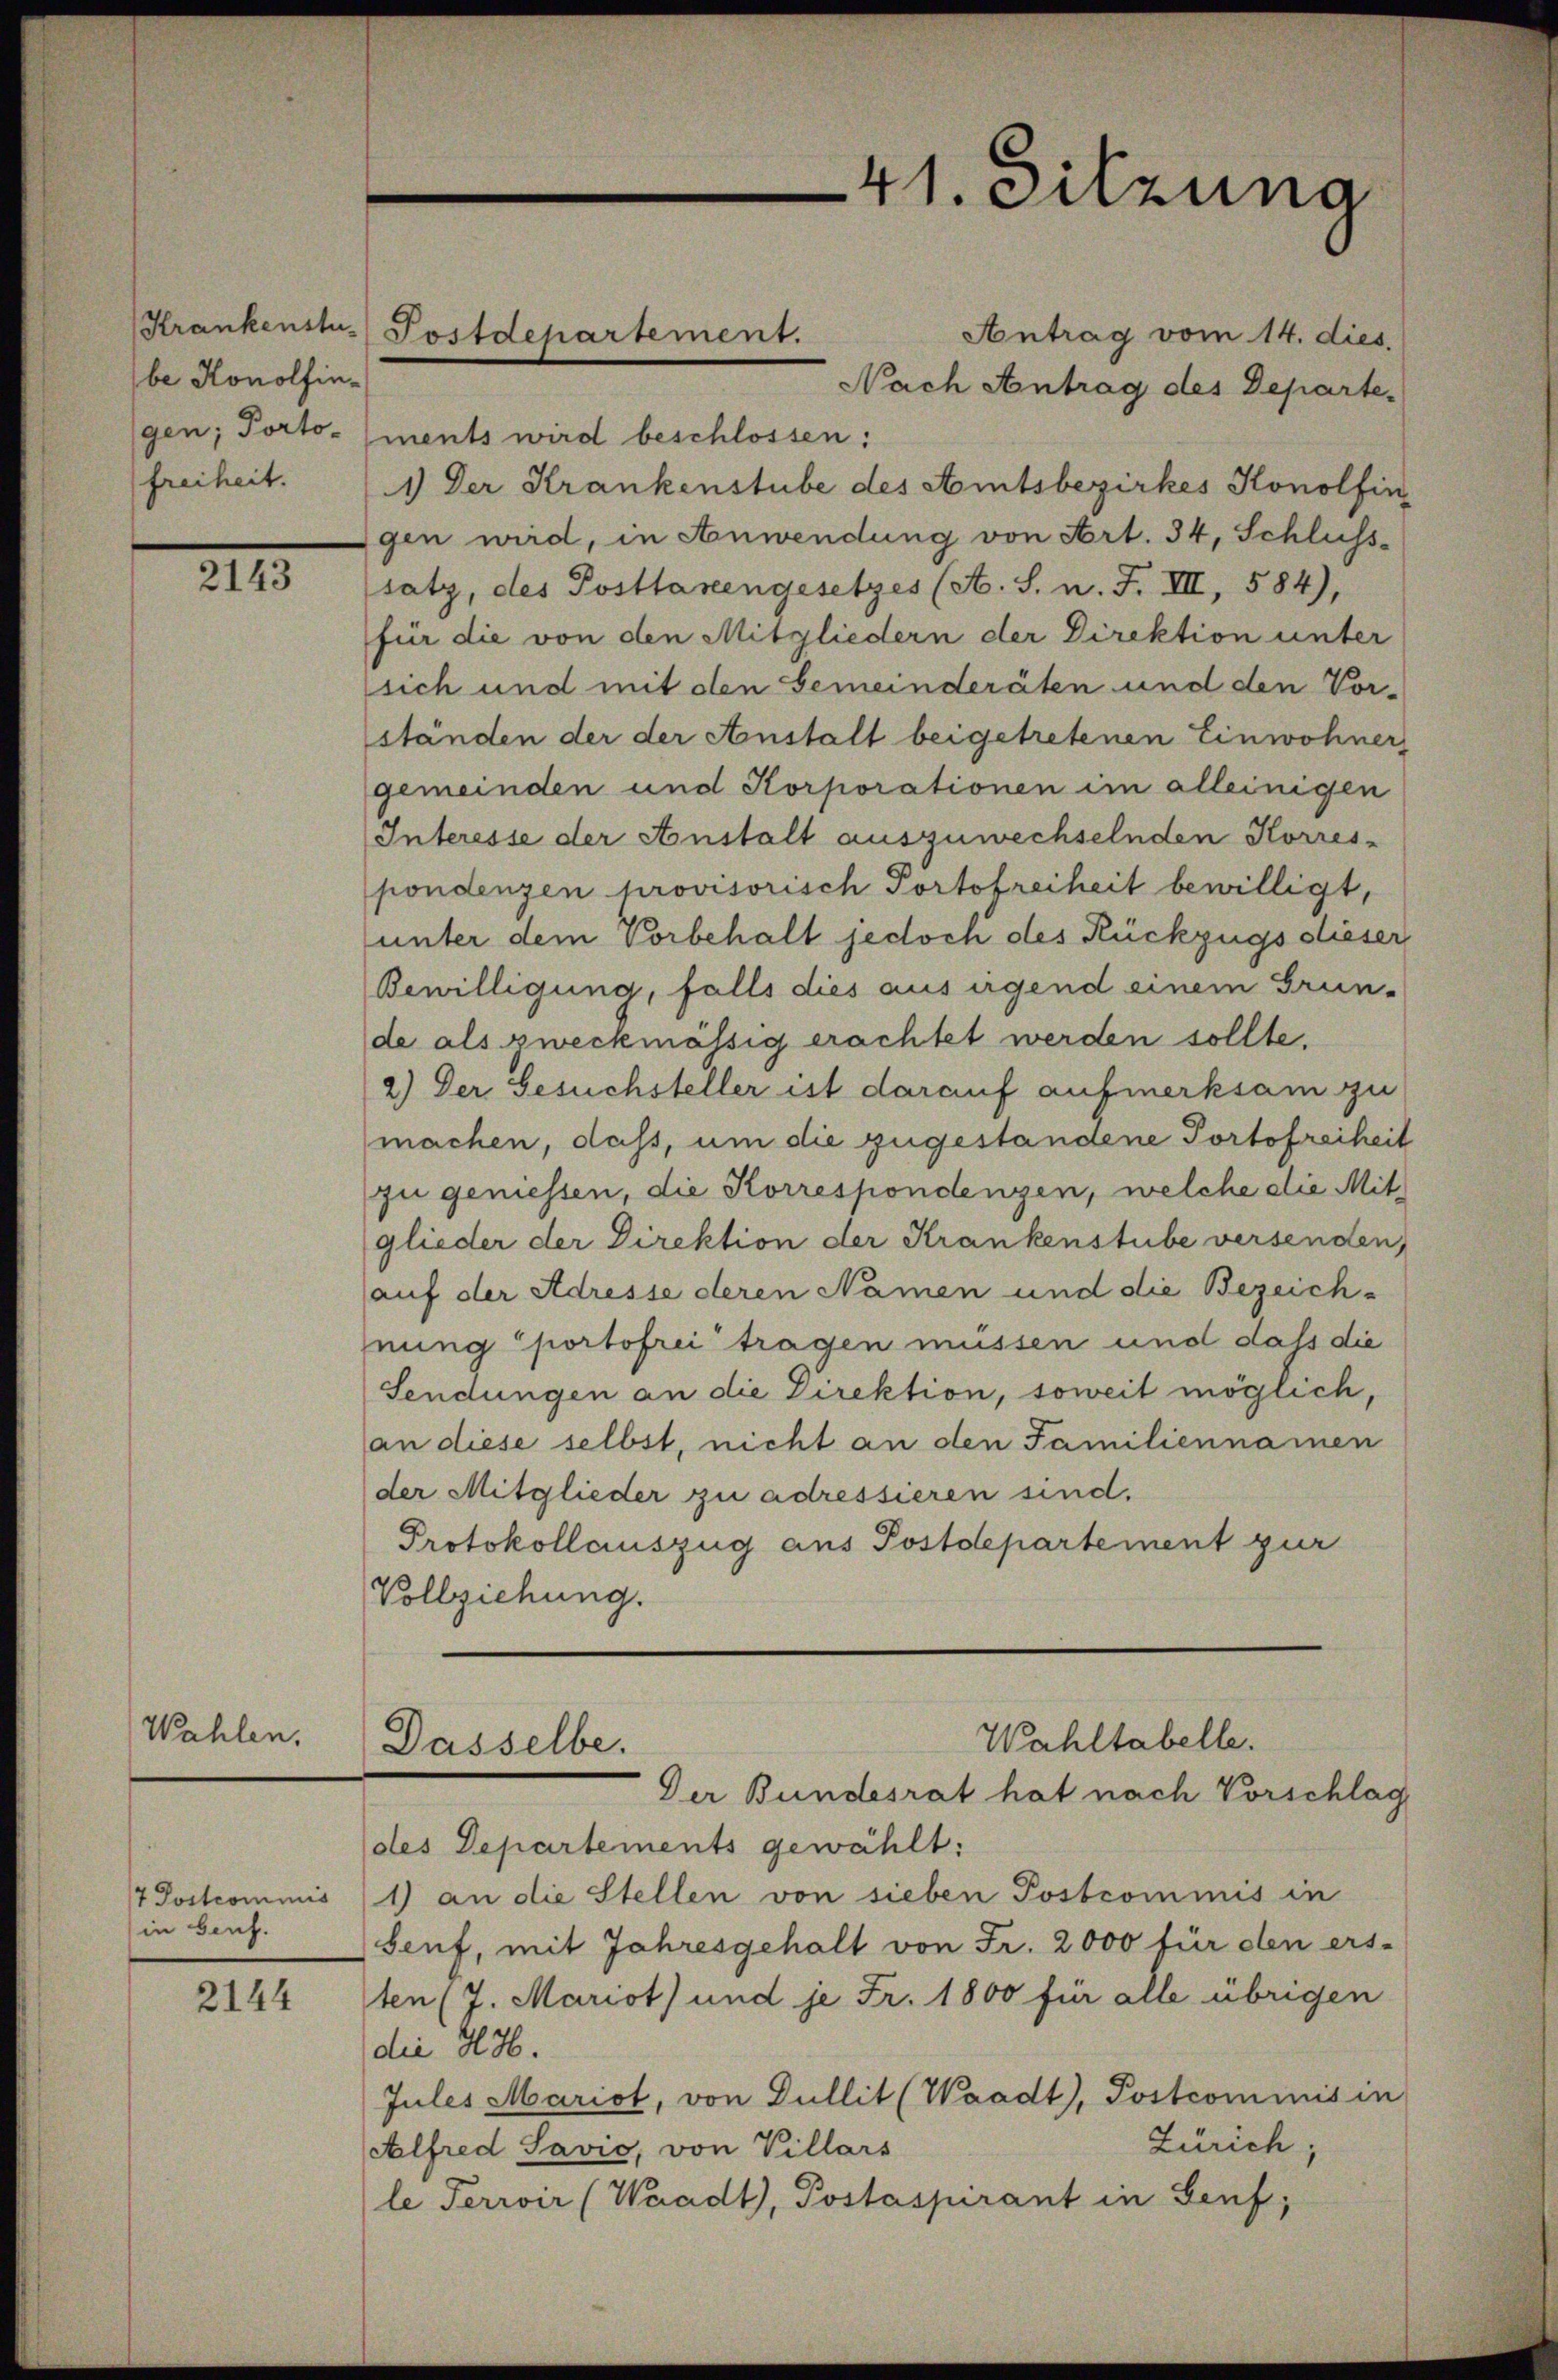
Krankenstbe Konolfinfreiheit.

2143

Wahlen.

7 Postcommis
in Genf.

2144

Antrag vom 14. dies
Nach Antrag des Departegen; Porto- (ments wird beschlossen:
1) Der Krankenstube des Amtsbezirkes Konolfin
gen wird, in Anwendung von Art. 34, Schluss-
satz, des Posttarengesetzes (A. S. n. F. III, 584),
für die von den Mitgliedern der Direktion unter
sich und mit den Gemeinderäten und den Vor-
ständen der der Anstalt beigetretenen Einwohner
gemeinden und Korporationen im alleinigen
Interesse der Anstalt auszuwechselnden Korres-
pondenzen provisorisch Portofreiheit bewilligt,
unter dem Vorbehalt jedoch des Rückzugs dieser
Bewilligung, falls dies aus irgend einem Grunde als zweckmässig erachtet werden sollte,
2.) Der Gesuchsteller ist darauf aufmerksam zu
machen, dass, um die zugestandene Portofreiheit
zu geniessen, die Korrespondengen, welche die Mitglieder der Direktion der Krankenstube versenden,
auf der Adresse deren Namen und die Bezeich-
nung portofrei tragen müssen und dass die
Sendungen an die Direktion, soweit möglich
an diese selbst, nicht an den Familiennamen
der Mitglieder zu adressieren sind.
Protokollauszug aus Postdepartement zur
Vollziehung.

Postdepartement.

Dasselbe.

41. Sitzung

Wahltabelle.
Der Bundesrat hat nach Vorschlag

des Departements gewählt:
1) an die Stellen von sieben Postcommis in
Senf, mit Jahresgehalt von Fr. 2000 für den ers-
ten (7. Mariot) und je Fr. 1800 für alle übrigen
die H.H.
Jules Marist, von Gullit (Waadt, Postcommis in
Zürich;
Alfred Savio, von Villars
le Terrir (Waadt, Postaspirant in Genf,